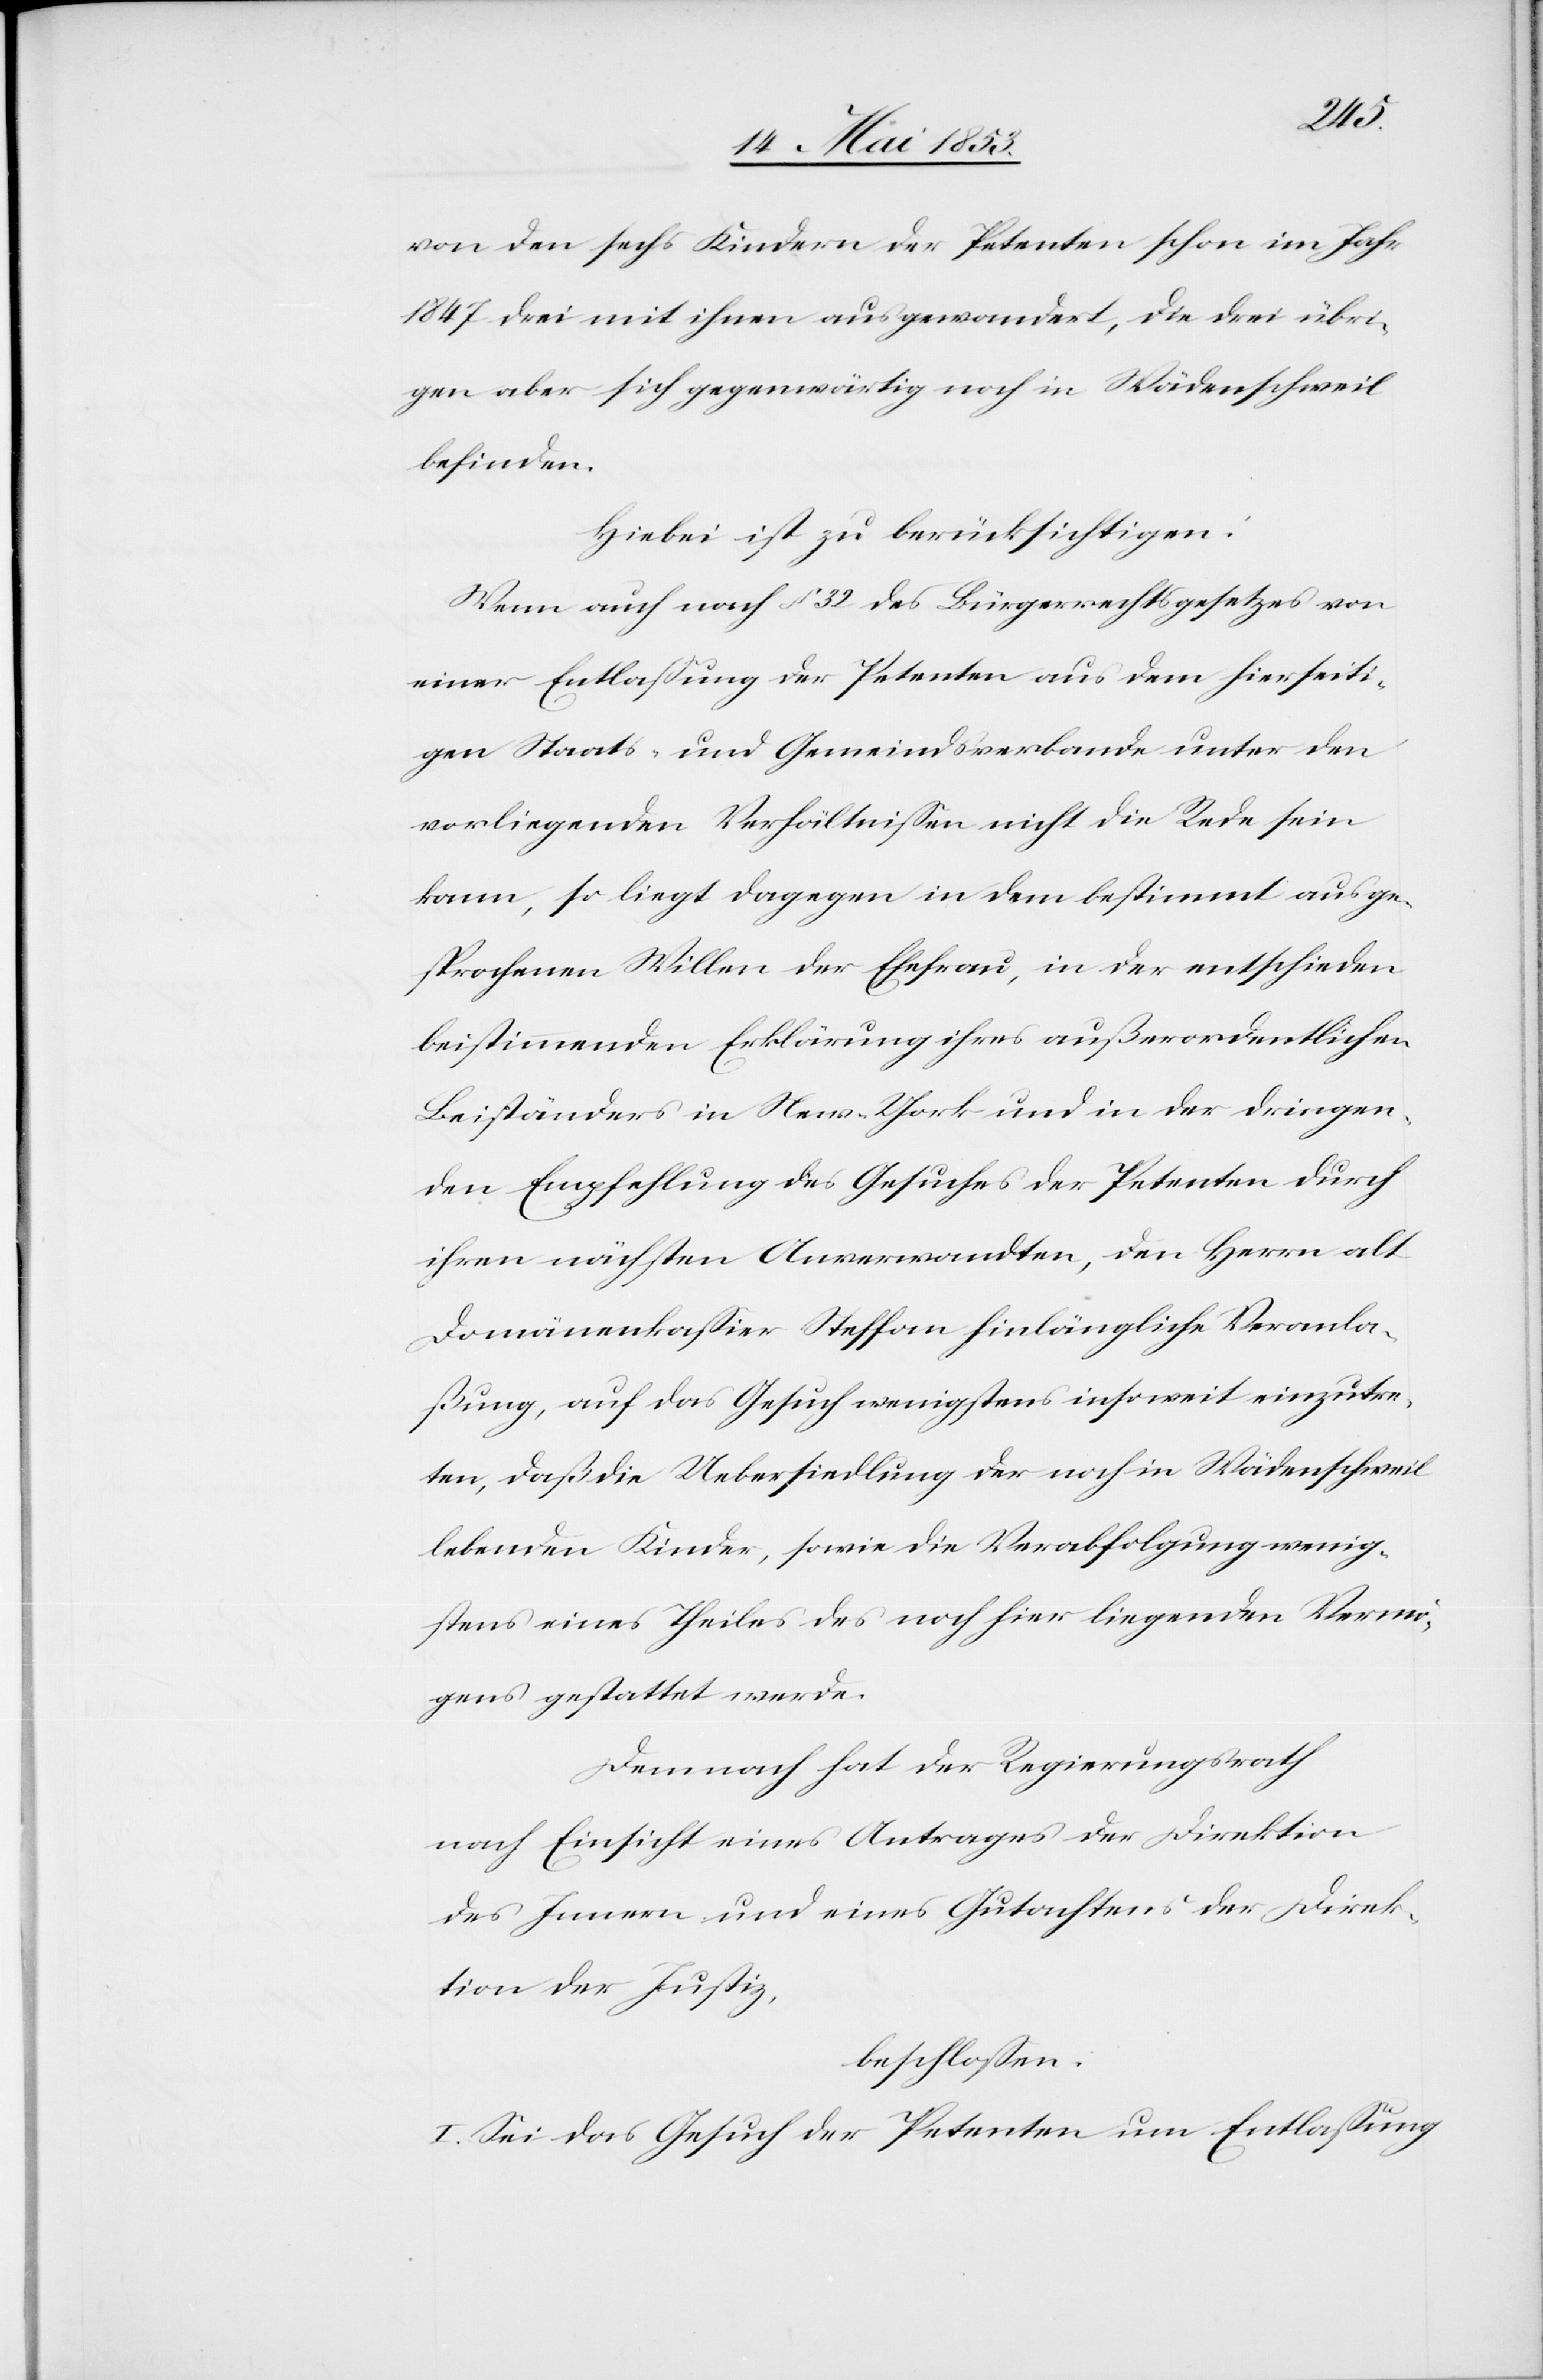
der
von den sechs Kindern der Petenten schon im Jahr
1847 drei mit ihnen ausgewandert, die drei übri¬
gen aber sich gegenwärtig noch in Wädenschweil
befinden.
Hiebei ist zu berücksichtigen:
Wenn auch nach § 32 des Bürgerrechtsgesetzes von
einer Entlaßung der Petenten aus dem hierseiti¬
gen Staats- und Gemeindsverbande unter den
vorliegenden Verhältnißen nicht die Rede sein
kann, so liegt dagegen in dem bestimmt ausge¬
sprochenen Willen der Ehefrau, in der entschieden
beistimmenden Erklärung ihres außerordentlichen
Beiständers in New-York und in der dringen¬
den Empfehlung des Gesuches der Petenten durch
ihren nächsten Anverwandten, den Herrn alt
Domänenkaßier Steffan hinlängliche Veranla¬
ßung, auf das Gesuch wenigstens insoweit einzutre¬
ten, daß die Uebersiedlung der noch in Wädenschweil
lebenden Kinder, sowie die Verabfolgung wenig¬
stens eines Theiles des noch hier liegenden Vermö¬
gens gestattet werde.
Demnach hat der Regierungsrath
nach Einsicht eines Antrages der Direktion
des Innern und eines Gutachtens der Direk¬
beschloßen:
I. Sei das Gesuch der Petenten um Entlaßung